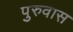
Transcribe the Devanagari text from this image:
पुरुवास